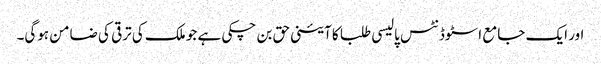
اور ایک جامع اسٹوڈنٹس پالیسی طلبا کا آئینی حق بن چکی ہے جو ملک کی ترقی کی ضامن ہوگی۔